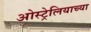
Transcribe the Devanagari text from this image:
ओस्ट्रेलियाच्या